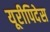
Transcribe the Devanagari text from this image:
यूरीपिदेस